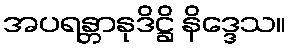
အပရန္တာနုဒိဋ္ဌိ နိဒ္ဒေသ။